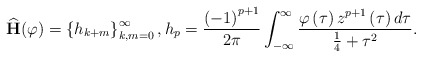
\begin{align*}\widehat{\mathbf{H}}(\varphi)=\left\{ h_{k+m}\right\} _{k,m=0}^{\infty},h_{p}=\frac{\left( -1\right) ^{p+1}}{2\pi}\int_{-\infty}^{\infty}\frac{\varphi\left( \tau\right) z^{p+1}\left( \tau\right) d\tau}{\frac{1}{4}+\tau^{2}}. \end{align*}